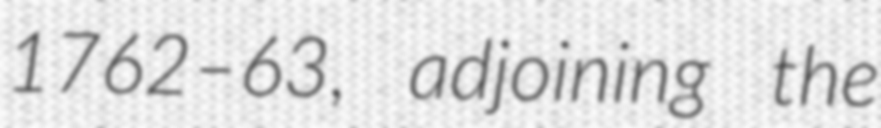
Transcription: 1762–63, adjoining the